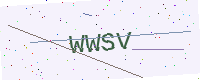
Text: WWSV